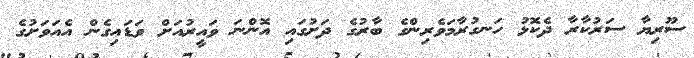
ސޫރިޔާ ސަރުކާރާ ދެކޮޅު ހަނގުރާމަވެރިންގެ ބާރުގެ ދަށުގައި އޮންނަ ވައީރުއަށް ވަޑައިގެން އެއަވަށުގެ